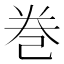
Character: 巻